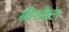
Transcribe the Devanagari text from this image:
ग्रीनडेल